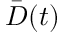
\bar { D } ( t )